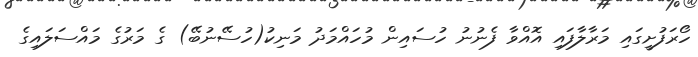
ހޯރަފުށީގައި މަރާލާފައި އޮއްވާ ފެނުނު ހުސައިން މުހައްމަދު މަނިކު(ހުސޭނުބޭ) ގެ މަރުގެ މައްސަލައިގެ